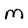
Character: M